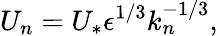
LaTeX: U_{n}=U_{*}\epsilon^{1/3}k_{n}^{-1/3},